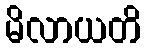
မိလာယတိ